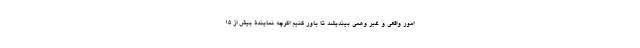
امور واقعی و غیر وهمی بیندیشد تا باور کنیم اگرچه نمایندۀ بیش از 15